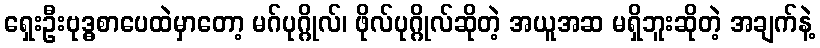
ရှေးဦးဗုဒ္ဓစာပေထဲမှာတော့ မဂ်ပုဂ္ဂိုလ်၊ ဖိုလ်ပုဂ္ဂိုလ်ဆိုတဲ့ အယူအဆ မရှိဘူးဆိုတဲ့ အချက်နဲ့